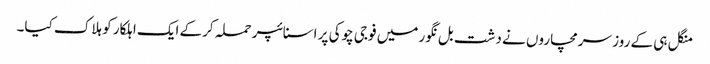
منگل ہی کے روز سرمچاروں نے دشت بل نگور میں فوجی چوکی پر اسنائپر حملہ کرکے ایک اہلکار کو ہلاک کیا۔